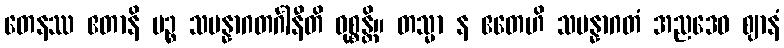
တေနဿ ဧတာနိ ပဉ္စ သမန္နာဂတင်္ဂါနီတိ ဝုစ္စန္တိ။ တသ္မာ န ဧတေဟိ သမန္နာဂတံ အညဒေဝ ဈာနံ